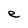
Character: e